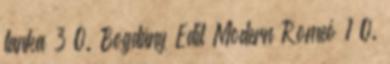
tanka 3 O. Bogdány Edit Modern Romeó 1 O.